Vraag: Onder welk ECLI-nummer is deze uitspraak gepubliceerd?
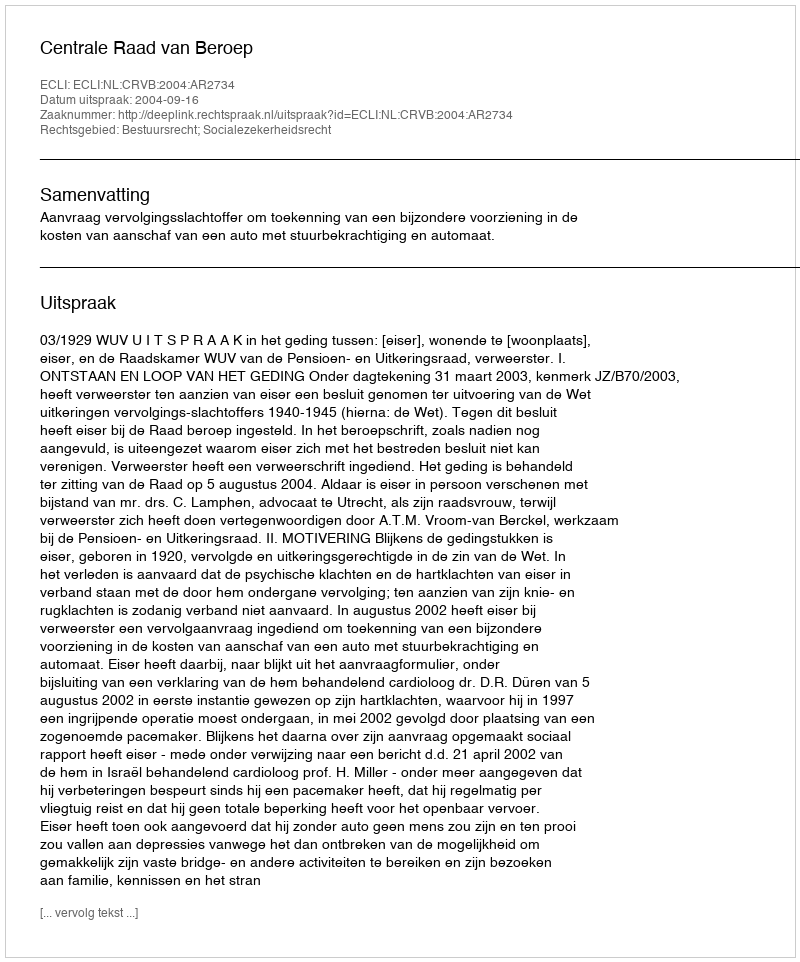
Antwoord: ECLI:NL:CRVB:2004:AR2734